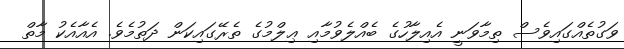
ވަގުތެއްގައިވެސް ތިމާވަނީ އެއިލާހުގެ ބެއްލެވުމާއި ޢިލްމުގެ ތެރޭގައިކަން ދަތުމެވެ. އެއާއެކު މާތް